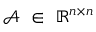
\mathcal { A } \, \, \in \, \, \mathbb { R } ^ { n \times n }